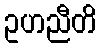
ဥဟညီတိ